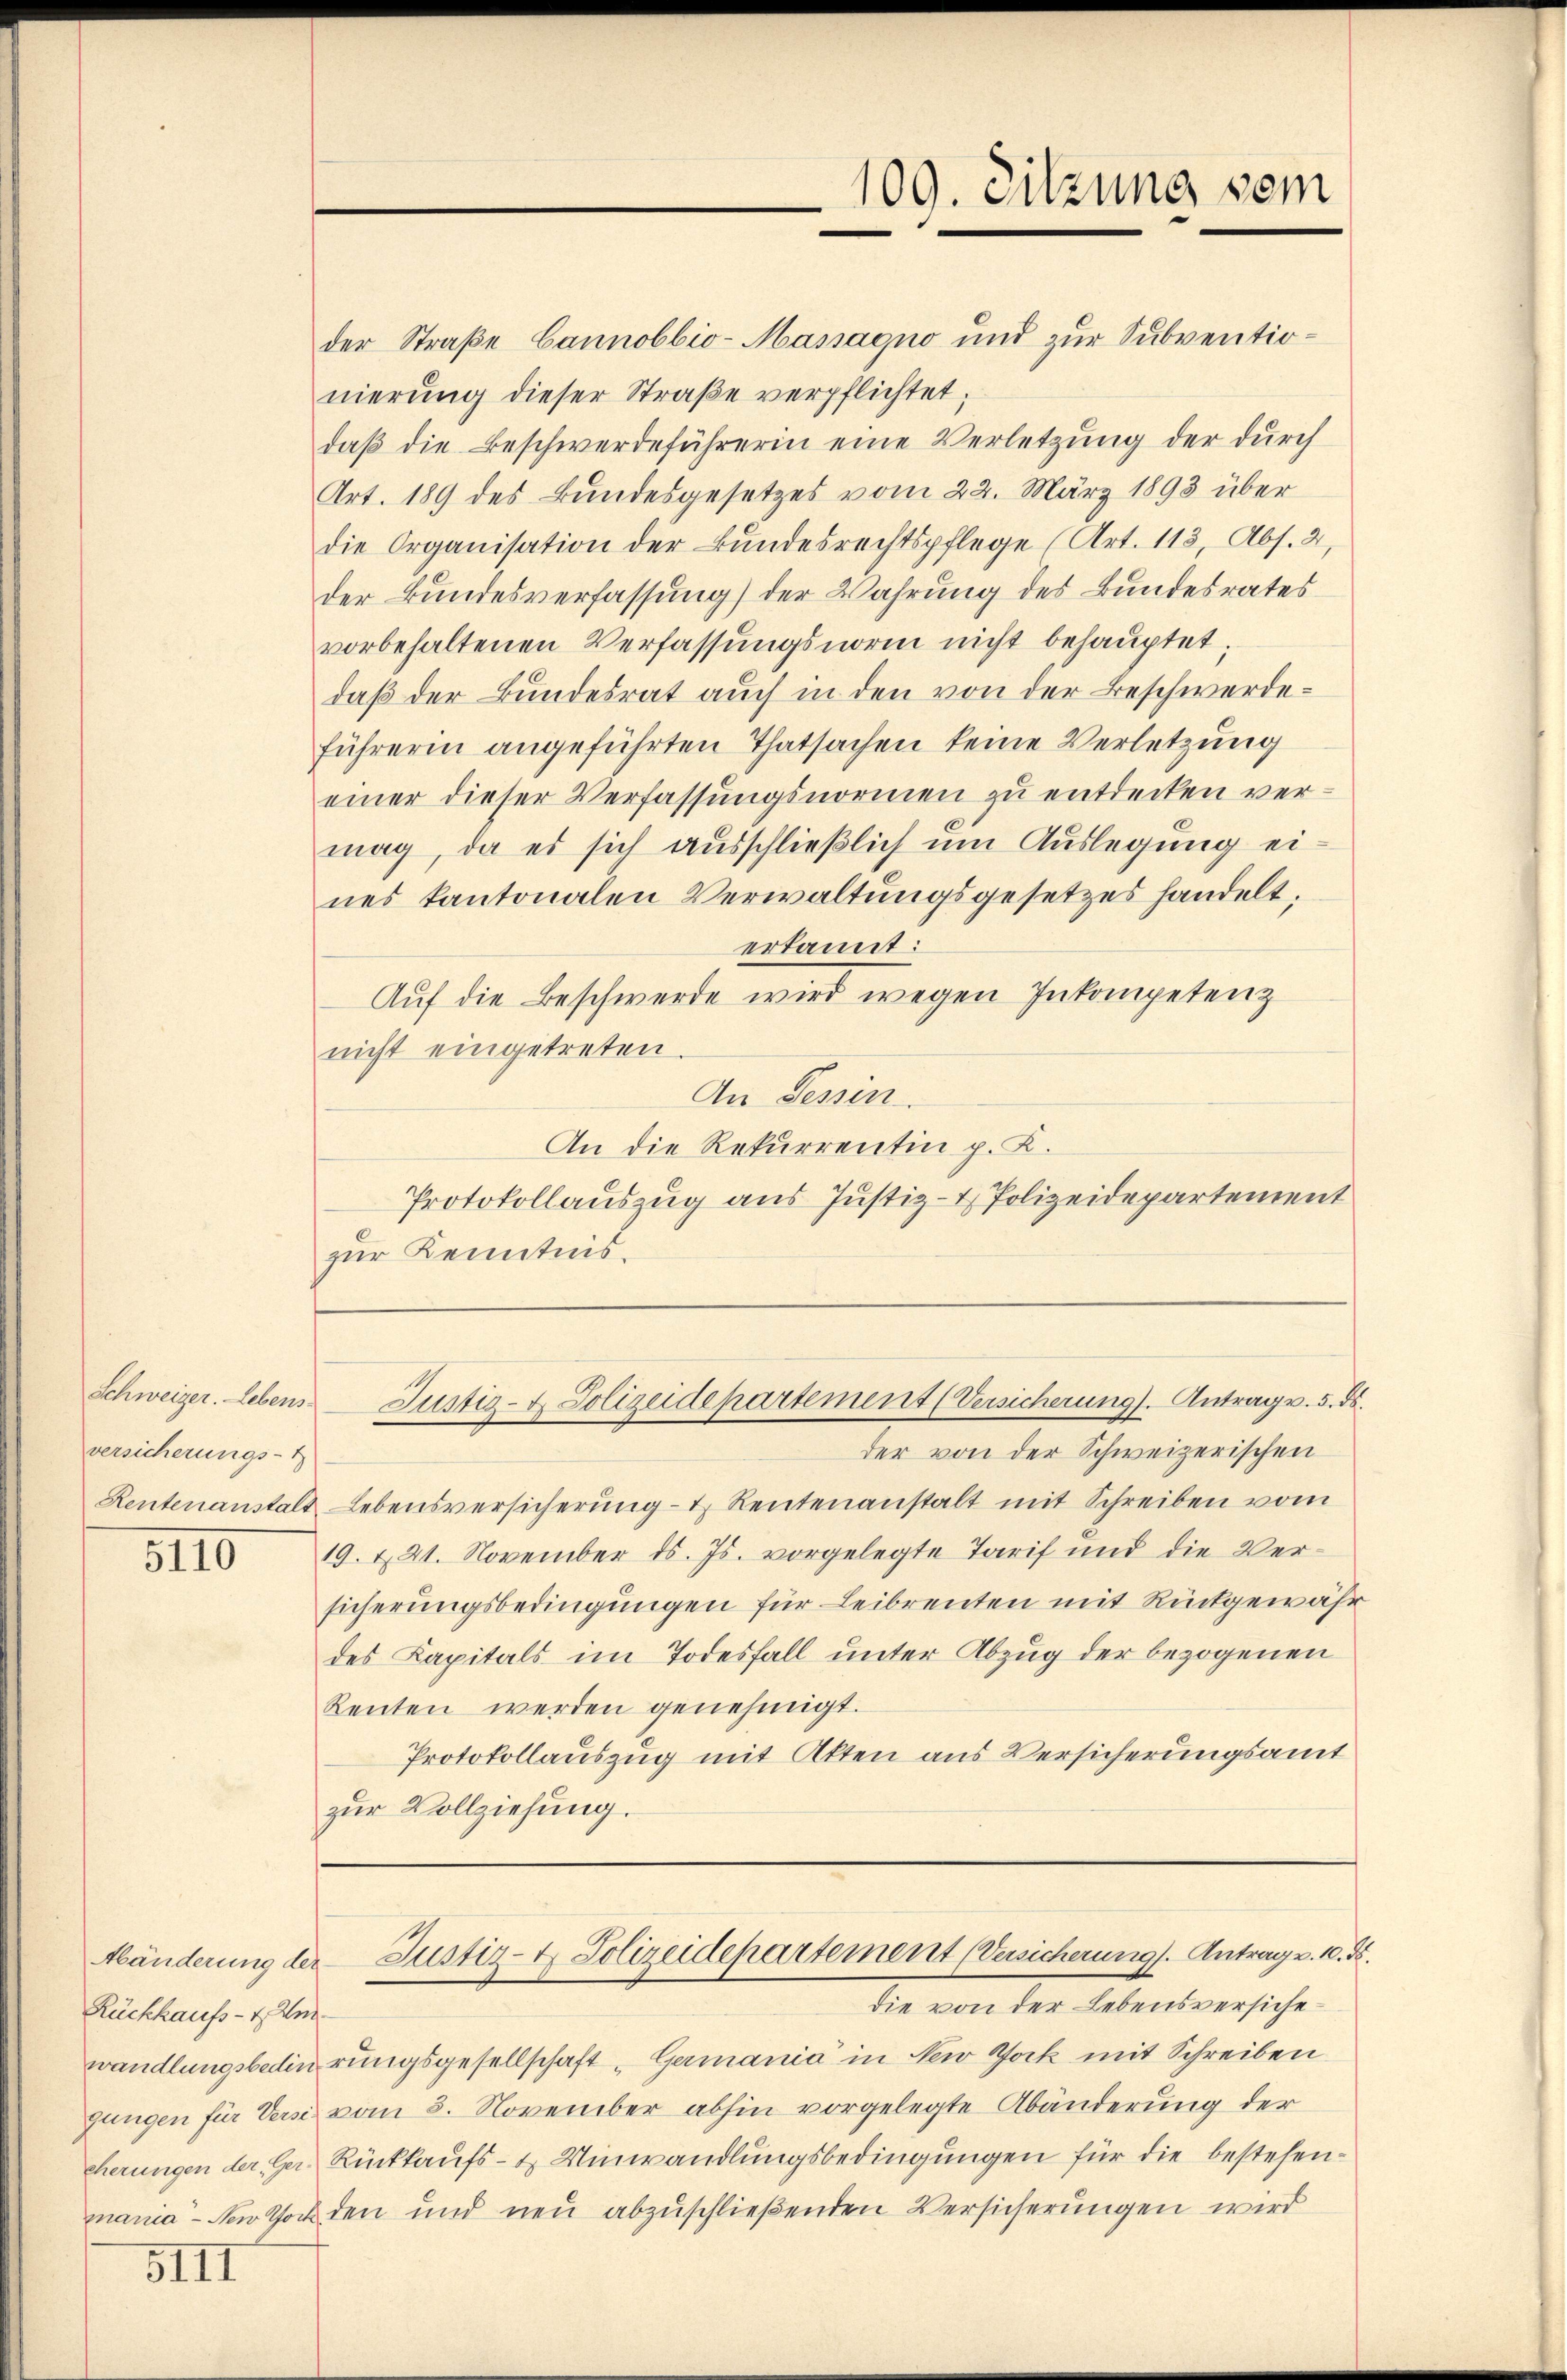
Schweiger. Lebens
versicherungs-I

1110

Rückhaufs- u. Ver¬

5III

der Straße Cannobbio-Massagno und zur Subventionierung dieser Straβe verpflichtet;
daß die Beschwerdeführerin eine Verletzung der durch
Art. 189 des Bundesgesetzes vom 22. März 1893 über
die Organisation der Bundesrechtspflege (Art. 113, Abs. 2,
der Bundesverfassung) der Wahrung des Bundesrates
vorbehaltenen Verfassungsnorm nicht behauptet;
daß der Bundesrat auch in den von der Beschwerdeführerin angeführten Thatsachen keine Verletzung
einer dieser Verfassungsnormen zu entdecken vermag, da es sich ausschließlich um Auslegung eines kantonalen Verwaltungsgesetzes handelt,
erkannt:
Auf die Beschwerde wird wegen Inkompetenz
nicht eingetreten.
An Tessin.
An die Rekurrentin p. L.
Protokollauszug aus Justiz- & Polizeidepartement
zur Kenntnis.

der von der Schweizerischen
Rentenanstals Lebensversicherŭng u Rentenanstalt mit Schreiben vom
19. 221. November ds. Js. vorgelegte Tarif und die Versicherungsbedingungen für Leibrenten mit Rückgewähr
des Kapitals im Todesfall unter Abzug der bezogenen
Renten werden genehmigt.
Protokollauszug mit Akten aus Versicherungsamt
zŭr Vollziehung.

109. Sitzung vom

Justiz- & Polizeidepartement (Versicherung. Antrag v. 5. ds.

wandlungsbedierungsgesellschaft „Germania" in New York mit Schreiben
jungen für Versi vom 8. November abhin vorgelegte Abänderung der
cherungen der Ger. Rückkaufs- & Uinwandlungsbedingungen für die bestehenmania – den Hoch den und neu abzuschließenden Versicherungen wird

Abänderung der Justiz- & Polizeidepartement (Versicherung. Antrag v. 10. d.
die von der Lebensversiche